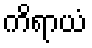
ကိရာယံ